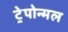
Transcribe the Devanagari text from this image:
ट्रेपोन्मल